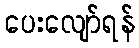
ပေးလျော်ရန်